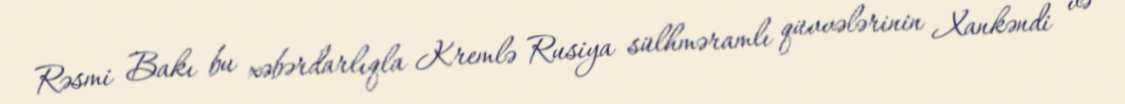
Rəsmi Bakı bu xəbərdarlıqla Kremlə Rusiya sülhməramlı qüvvələrinin Xankəndi və